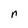
Character: n